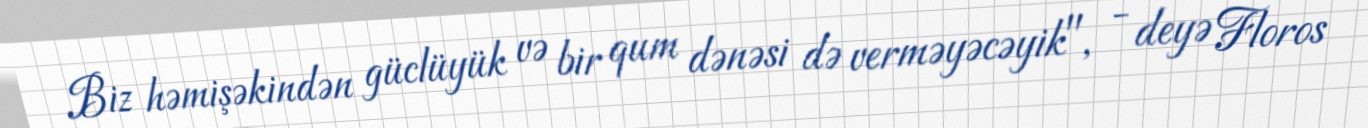
Biz həmişəkindən güclüyük və bir qum dənəsi də verməyəcəyik", - deyə Floros